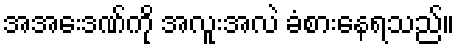
အအေးဒဏ်ကို အလူးအလဲ ခံစားနေရသည်။